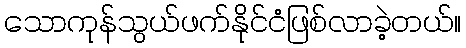
သောကုန်သွယ်ဖက်နိုင်ငံဖြစ်လာခဲ့တယ်။